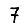
Digit: 7